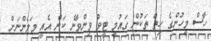
ހާސް މީހުންގެ ހިތް ތަކުން ގައުމީ ޓީވް ވިންވާނެ ކަން އެއީ މަމެންނަށް